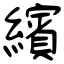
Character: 繽